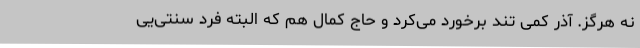
نه هرگز. آذر کمی تند برخورد می‌کرد و حاج کمال هم که البته فرد سنتی‌‌یی